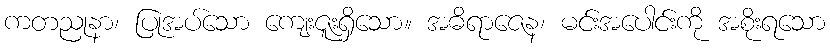
ကတညုနာ၊ ပြုအပ်သော ကျေးဇူးရှိသော။ အဓိရာဇေန၊ မင်းအပေါင်းကို အစိုးရသော